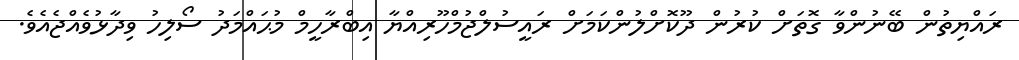
ރައްޔިތުން ބޭނުންވާ ގޮތަށް ކުރުން ދޫކޮށްލުންކަމަށް ރައީސުލްޖުމްހޫރިއްޔާ އިބްރާހީމް މުޙައްމަދު ސޯލިހު ވިދާޅުވެއްޖެއެވެ.